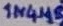
Text: 1N4148